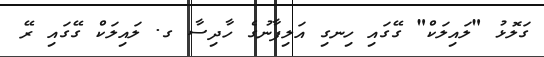
ގަލޮޅު "ލައިލަކް" ގޭގައި ހިނގި އަލިފާނުގެ ހާދިސާ ގ. ލައިލަކް ގޭގައި ރޭ